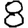
Digit: 8